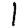
Digit: 1